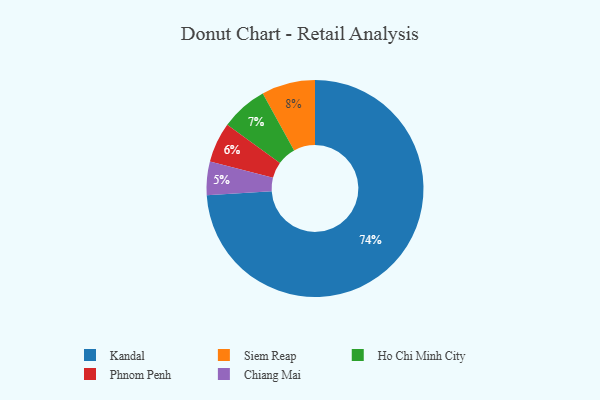
{"axis": {"x": "Category", "y": "Percentage"}, "legend": ["Chiang Mai", "Ho Chi Minh City", "Kandal", "Phnom Penh", "Siem Reap"], "data": [{"x": "Phnom Penh", "y": 6, "type": "Phnom Penh"}, {"x": "Ho Chi Minh City", "y": 7, "type": "Ho Chi Minh City"}, {"x": "Chiang Mai", "y": 5, "type": "Chiang Mai"}, {"x": "Siem Reap", "y": 8, "type": "Siem Reap"}, {"x": "Kandal", "y": 74, "type": "Kandal"}]}